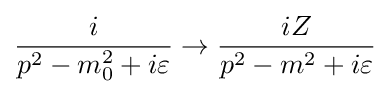
{\frac {i}{p^{2}-m_{0}^{2}+i\varepsilon }}\rightarrow {\frac {iZ}{p^{2}-m^{2}+i\varepsilon }}